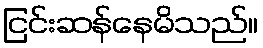
ငြင်းဆန်နေမိသည်။